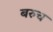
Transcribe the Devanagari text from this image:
बरुच